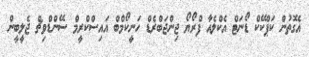
އެގޮތުން ކަޕްކޭކް ޑޯނަޓް އެކްލެއާ ފްރޯޔޯ ޖިންޖަބްރެޑް ހަނީކޯމްބް އައިސްކްރީމް ސޭންޑްވިޗް ޖެލީބީން